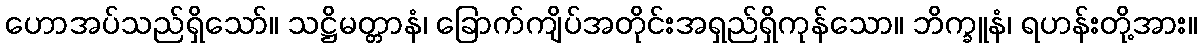
ဟောအပ်သည်ရှိသော်။ သဋ္ဌိမတ္တာနံ၊ ခြောက်ကျိပ်အတိုင်းအရှည်ရှိကုန်သော။ ဘိက္ခူနံ၊ ရဟန်းတို့အား။